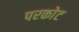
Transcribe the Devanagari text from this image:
परकाेट